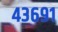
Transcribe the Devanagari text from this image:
४३६९१